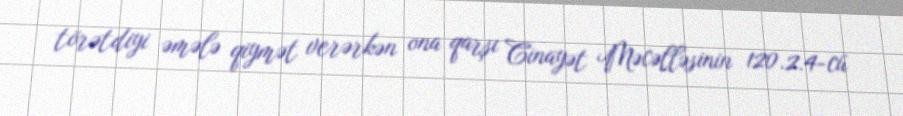
törətdiyi əmələ qiymət verərkən ona qarşı Cinayət Məcəlləsinin 120.2.4-cü